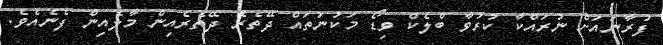
ފުރާނައަށް ނުރައްކާ ކުރުވާ ބްލެކް ވިޑޯ މަކުނުތައް ދޭތެރެ ދޭތެރެއިން މާލެއިން ފެނެއެވެ.